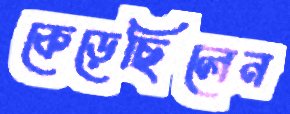
কেড়েছিলেন